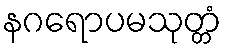
နဂရောပမသုတ္တံ